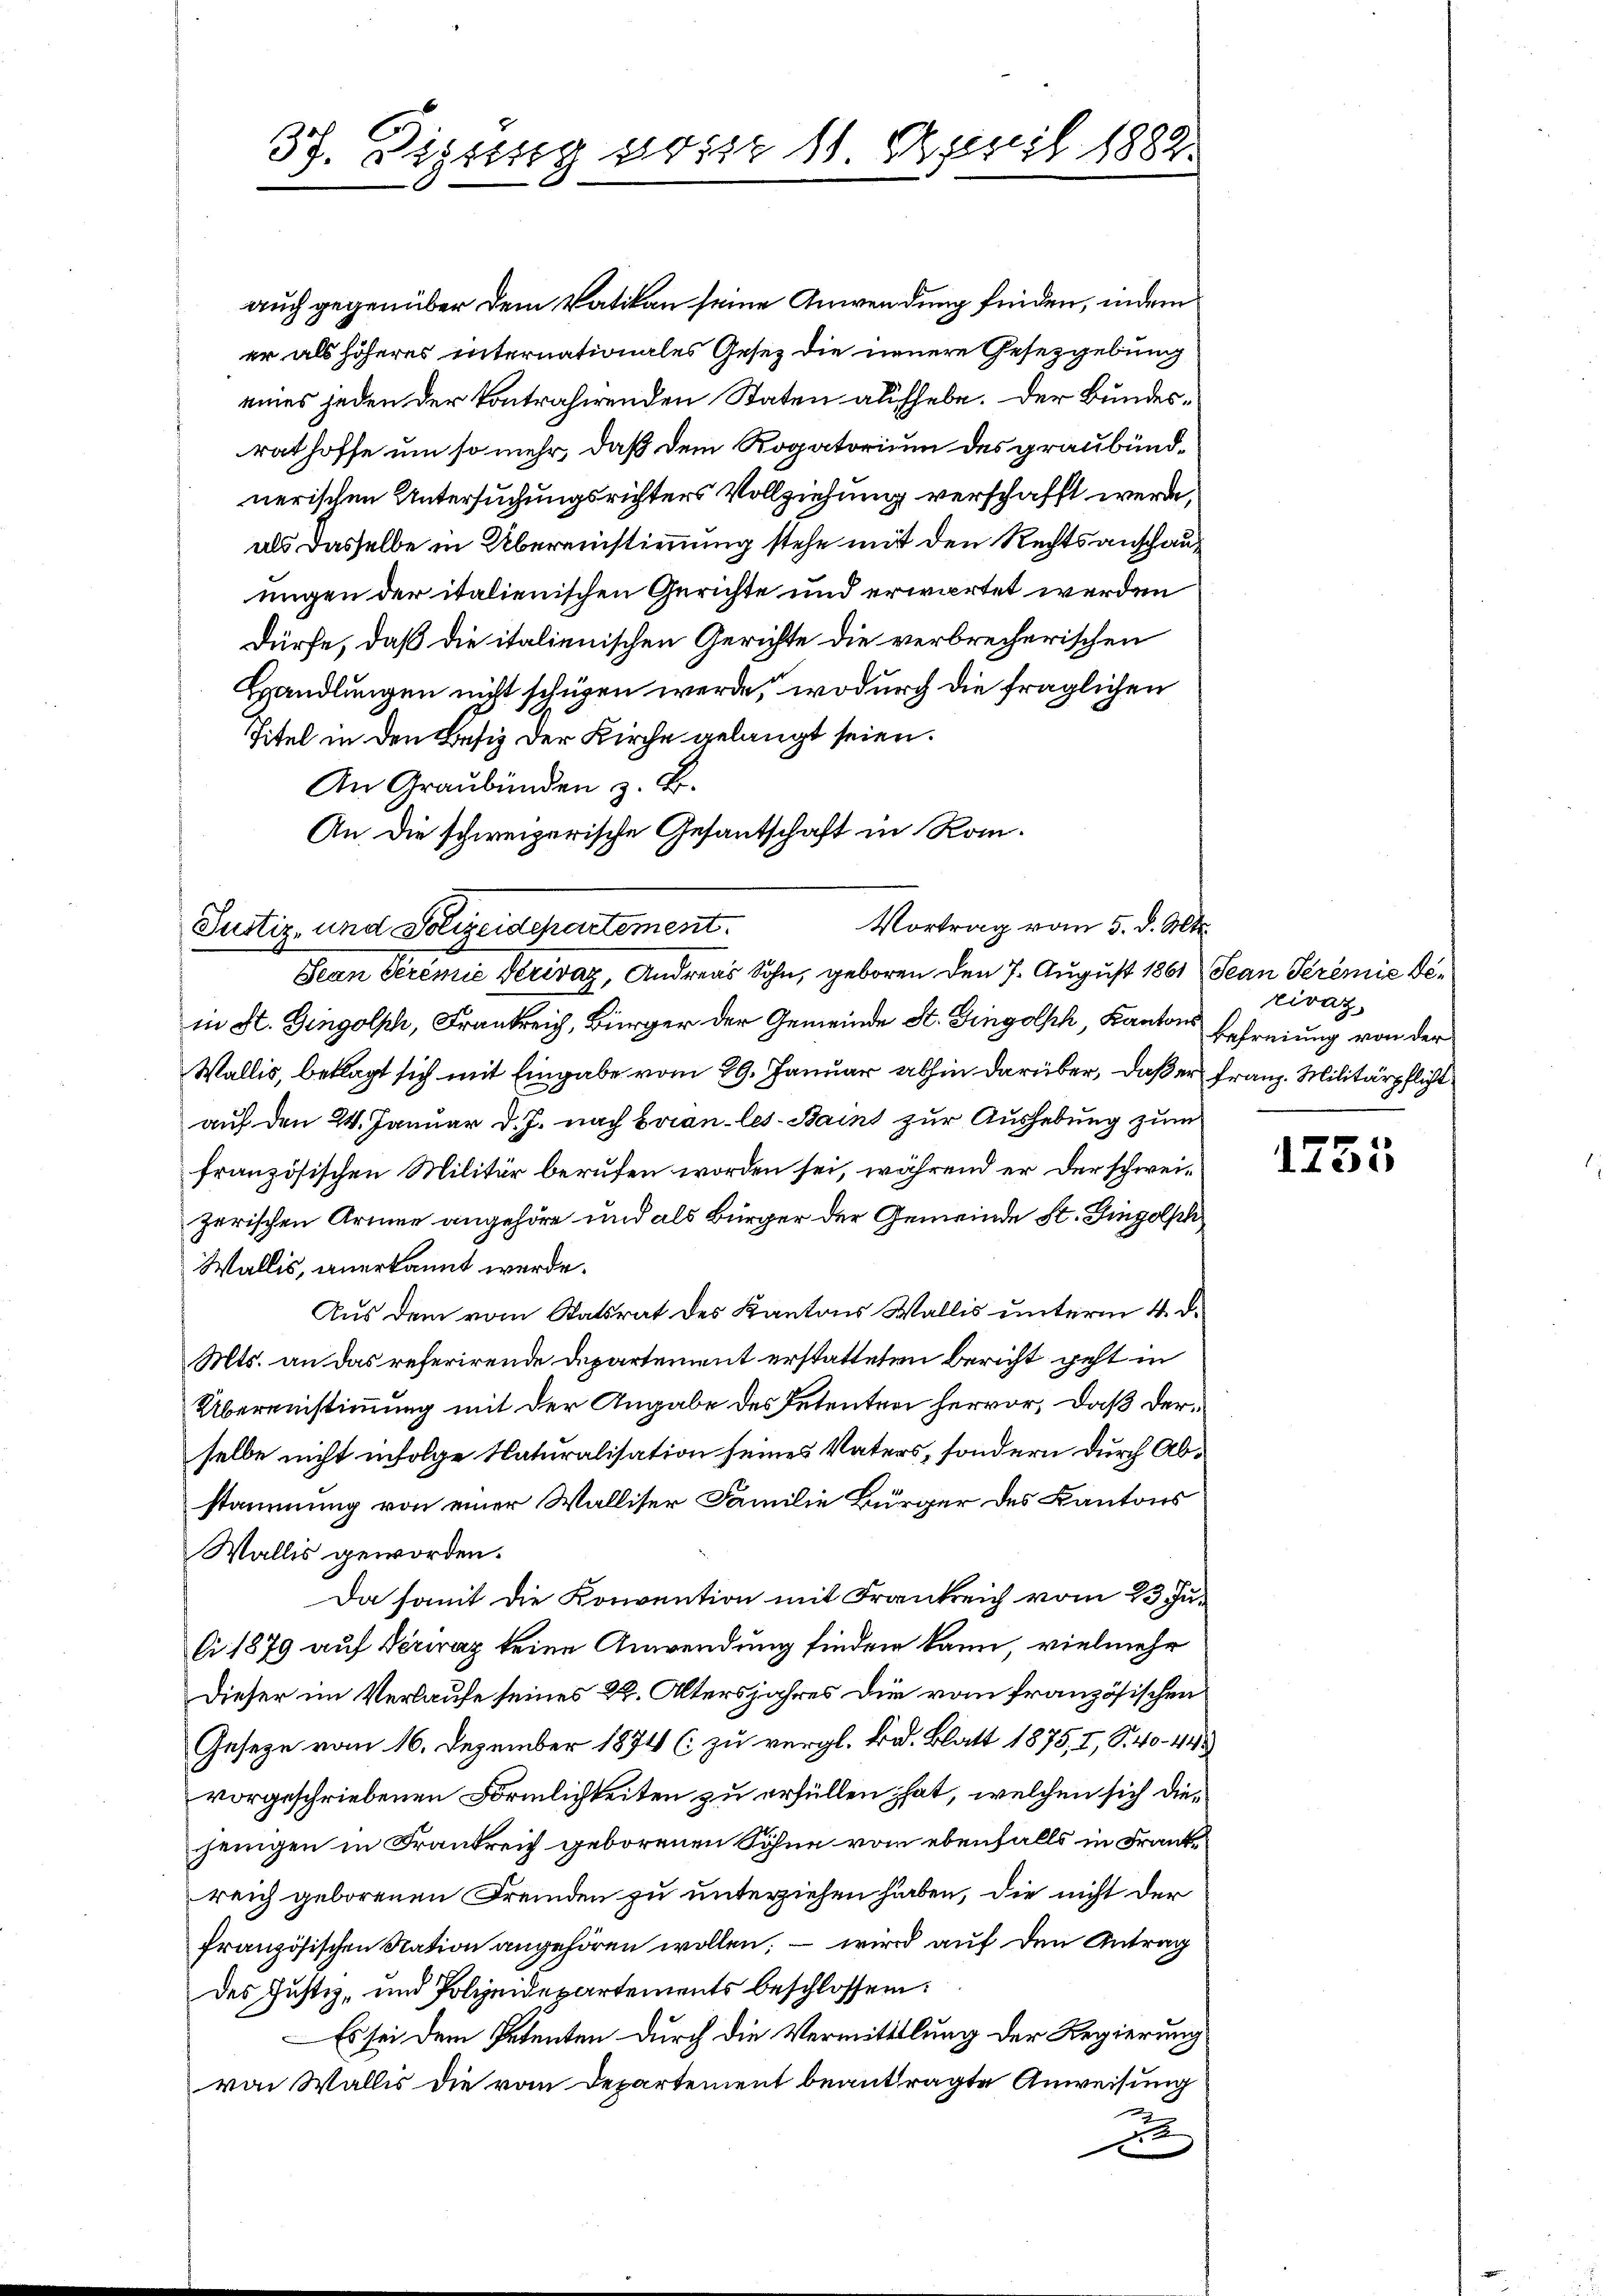
37. Digung vom 11. April 1882.

auch gegenüber dem Vatikon seine Anwendung finden, indem
er als höheres internationales Gesez die neuere Gesetzgebung
eines jeden der kontrahirenden Staten aufhebe. Der Bundesrathoffe um so mehr, daß dem Rogatorium des graubündnerischen Untersuchungsrichters Vollziehung verschafft werde,
als dasselbe in Übereinstimmung stehe mit den Rechtsanschauungen der italienischen Gerichte und erwartet werden
dürfe, daß die italienischen Gerichte die verbrecherischen
Handlungen nicht schügen werde, wodurch die fraglichen
Titel in den Besiz der Kirche gelangt seien.
An Graubünden z. B.
An die schweizerische Gesantschaft in Rom.

Vortrag vom 5. d. Mts.
Justiz- und Polizeidepartement.
Jean Seremie Vervaz, Andreas Sohn, geboren den 7. August 1861 Sean Seremie Di¬

in St. Gingolph, Frankreich, Bürger der Gemeinde St. Gingolph, Kantons Befreiung von der
Wallis, beklagt sich mit Eingabe vom 29. Januar abhin darüber, daß er franz. Militärpflicht
auf den 24. Januar d. J. nach Evian-les-Bains zur Aushebung zum
französischen Militär berufen worden sei, während er der schweizerischen Armee angehöre und als Bürger der Gemeinde St. Gingolph
Wallis, anerkannt werde.
Aus dem vom Statsrat des Kantons Wallis unterm 4. d.
Mts. an das referirende Departement erstatteten Bericht geht in
Übereinstimmung mit der Angabe des Petenten hervor, daß derselbe nicht infolge Naturalisation seines Vaters, sondern durch Abstammung von einer Walliser Familie Bürger des Kantons
Wallis geworden.
Da somit die Konvention mit Frankreich vom 23. Juli 1879 auf Veriraz keine Anwendung finden kann, vielmehr
Dieser im Verlaufe seines 22. Altersjahres die vom französischen
Gesetze vom 16. Dezember 1874 (: zu vergl. Bd. Blatt 1875, I, S. 40. 44
vorgeschriebenen Förmlichkeiten zu erfüllen hat, welchen sich diejenigen in Frankreich geborenen Söhne vom ebenfalls in Frankreich geborenen Fremden zu unterziehen haben, die nicht der
französischen Nation angehören wollen, – wird auf den Antrag
des Justiz, und Polizeidepartements beschlossen:
Es sei dem Petenten durch die Vermittlung der Regierung
von Wallis die vom Departement beantragte Anweisung
d

riraz

e
d 135